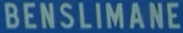
BENSlimane